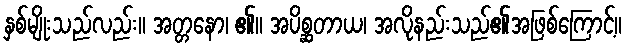
နှစ်မျိုးသည်လည်း။ အတ္တနော၊ ၏။ အပိစ္ဆတာယ၊ အလိုနည်းသည်၏အဖြစ်ကြောင့်။